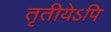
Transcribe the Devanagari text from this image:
तृतीयेऽपि